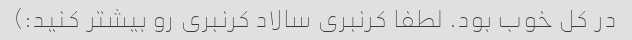
در کل خوب بود. لطفا کرنبری سالاد کرنبری رو بیشتر کنید:)